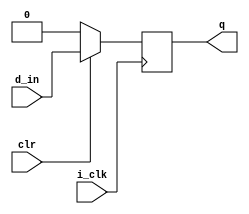
`timescale 1ns / 1ps
//////////////////////////////////////////////////////////////////////////////////
// Company: 
// Engineer: 
// 
// Design Name: 
// Module Name: D_FF
// Project Name: 
// Target Devices: 
// Tool Versions: 
// Description: 
// 
// Dependencies: 
// 
// Revision:
// Revision 0.01 - File Created
// Additional Comments:
// 
//////////////////////////////////////////////////////////////////////////////////


module D_FF(
input i_clk , 
input clr  , 
input d_in,
output reg q  );


always @ (posedge i_clk )
 begin
  if (~clr )
    begin 
     q <= 1'b0 ;
     end
   else
     begin
    q <= d_in ;
    end 
    end  
endmodule